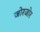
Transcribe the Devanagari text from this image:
जोरजोर